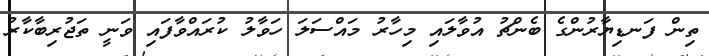
ތިން ފަނޑިޔާރުންގެ ބެންޗު އުވާލައި މިހާރު މައްސަލަ ހަވާލު ކުރައްވާފައި ވަނީ ތަޖުރިބާކާރު